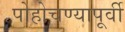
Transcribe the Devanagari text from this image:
पोहोचण्यापूर्वी